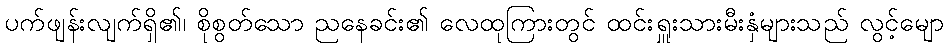
ပက်ဖျန်းလျက်ရှိ၏၊ စိုစွတ်သော ညနေခင်း၏ လေထုကြားတွင် ထင်းရှူးသားမီးနှံများသည် လွင့်မျော